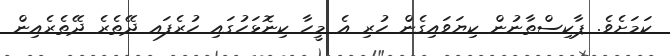
ކަމަށެވެ. ޕާކިސްތާނުން ކިޔަވައިގެން ހުރި އެ މީހާ ކިނޮޅަހުގައި ހުރެފައ ދޭތެރެ ދޭތެރެއިން